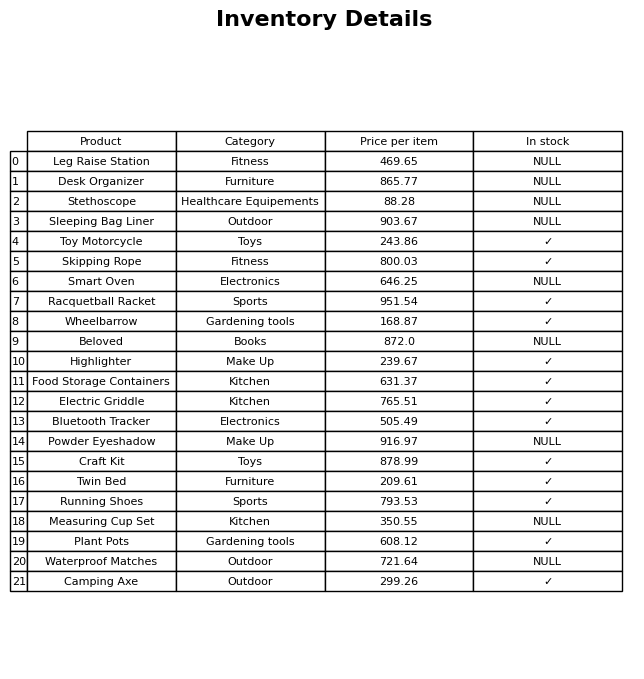
question: Which products are available in stock?
answer: Toy Motorcycle, Skipping Rope, Racquetball Racket, Wheelbarrow, Highlighter, Food Storage Containers, Electric Griddle, Bluetooth Tracker, Craft Kit, Twin Bed, Running Shoes, Plant Pots, Camping Axe